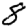
Digit: 8